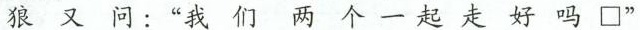
狼又问：”我们两个一起走好吗□”